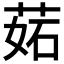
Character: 𦲼